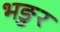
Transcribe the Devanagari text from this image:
भङुर